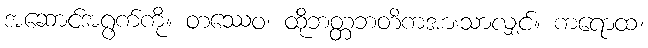
အဆောင်အရွက်ကို။ တဿေဝ၊ ထိုဘတ္တဘတိကအားသာလျှင်။ ကရောထ၊